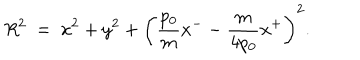
R ^ { 2 } ~ = ~ x ^ { 2 } + y ^ { 2 } + \left( { \frac { p _ { 0 } } { m } } x ^ { - } - { \frac { m } { 4 p _ { 0 } } } x ^ { + } \right) ^ { 2 } .